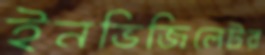
ইনভিজিলেটর